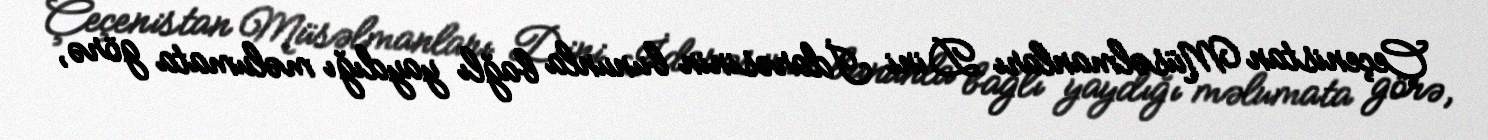
Çeçenistan Müsəlmanları Dini İdarəsinin bununla bağlı yaydığı məlumata görə,